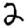
Digit: 2